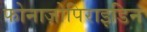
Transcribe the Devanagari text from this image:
फोनाज़ोपिराइडिन